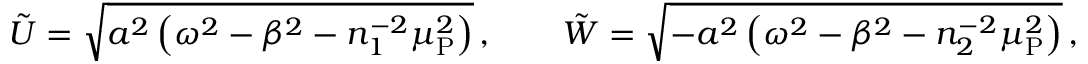
\tilde { U } = \sqrt { a ^ { 2 } \left( \omega ^ { 2 } - \beta ^ { 2 } - n _ { 1 } ^ { - 2 } \mu _ { \mathrm { P } } ^ { 2 } \right) } \, , \qquad \tilde { W } = \sqrt { - a ^ { 2 } \left( \omega ^ { 2 } - \beta ^ { 2 } - n _ { 2 } ^ { - 2 } \mu _ { \mathrm { P } } ^ { 2 } \right) } \, ,